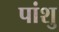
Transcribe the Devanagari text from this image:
पांशु